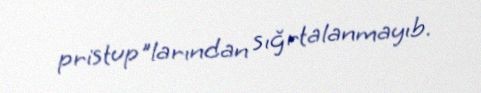
pristup"larından sığrtalanmayıb.